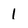
Character: I